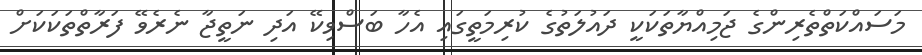
މަސައްކަތްތެރިންގެ ޖަމިއްޔާތަކަކީ ދައުލަތުގެ ކުރިމަތީގައި އެހާ ބަސްވިކޭ އަދި ނަތީޖާ ނެރެވޭ ފަރާތްތަކަކަށް